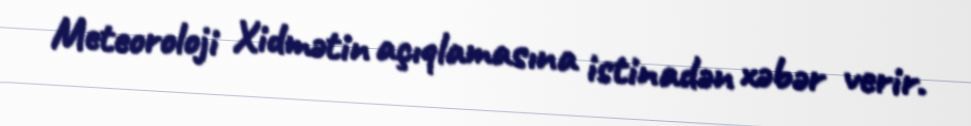
Meteoroloji Xidmətin açıqlamasına istinadən xəbər verir.